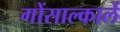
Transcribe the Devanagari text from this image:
गोंसाल्कार्ले